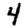
Digit: 4